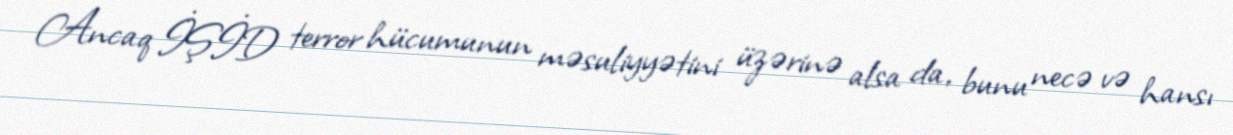
Ancaq İŞİD terror hücumunun məsuliyyətini üzərinə alsa da, bunu necə və hansı